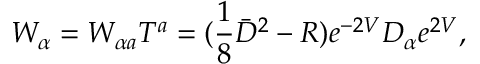
W _ { \alpha } = W _ { \alpha a } T ^ { a } = ( \frac { 1 } { 8 } \bar { { \cal D } } ^ { 2 } - R ) e ^ { - 2 V } { \cal D } _ { \alpha } e ^ { 2 V } ,